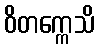
ဝိတက္ကေသိ